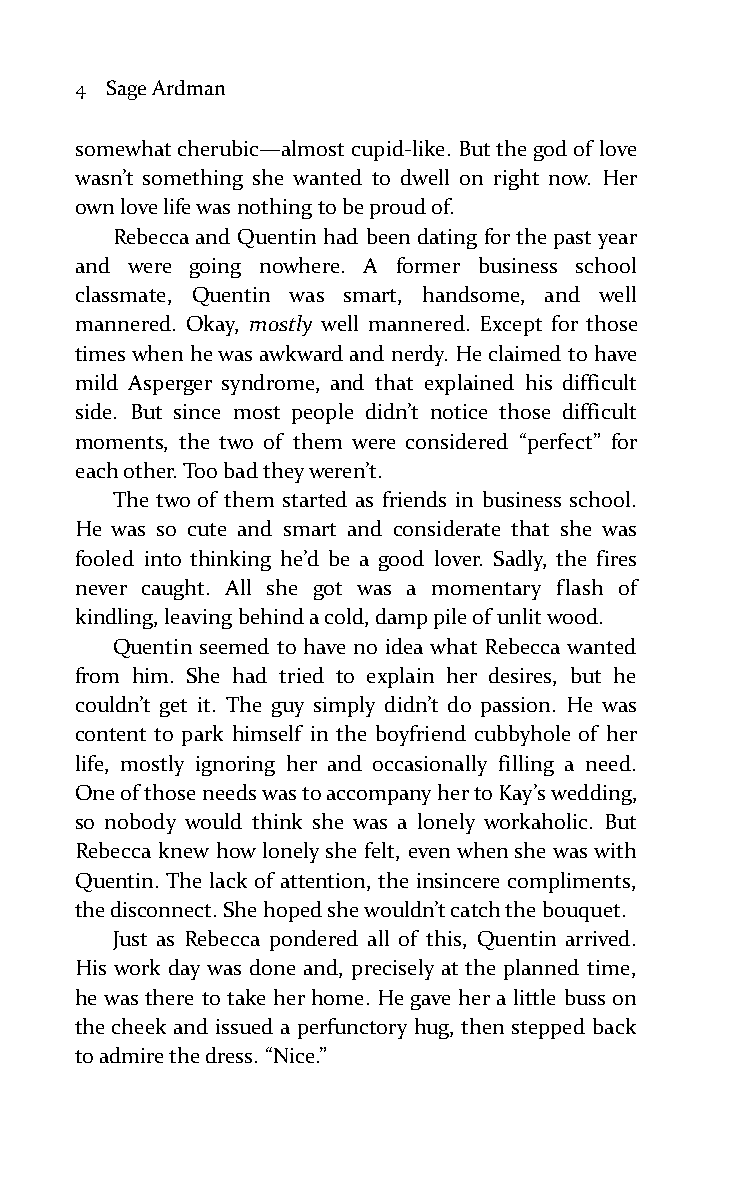
4 Sage Ardman
 somewhat cherubic—almost cupid-like. But the god of love
 wasn’t something she wanted to dwell on right now. Her
 own love life was nothing to be proud of.
 Rebecca and Quentin had been dating for the past year
 and were going nowhere. A former business school
 classmate, Quentin was smart, handsome, and well
 mannered. Okay, mostly well mannered. Except for those
 times when he was awkward and nerdy. He claimed to have
 mild Asperger syndrome, and that explained his difficult
 side. But since most people didn’t notice those difficult
 moments, the two of them were considered “perfect” for
 each other. Too bad they weren’t.
 The two of them started as friends in business school.
 He was so cute and smart and considerate that she was
 fooled into thinking he’d be a good lover. Sadly, the fires
 never caught. All she got was a momentary flash of
 kindling, leaving behind a cold, damp pile of unlit wood.
 Quentin seemed to have no idea what Rebecca wanted
 from him. She had tried to explain her desires, but he
 couldn’t get it. The guy simply didn’t do passion. He was
 content to park himself in the boyfriend cubbyhole of her
 life, mostly ignoring her and occasionally filling a need.
 One of those needs was to accompany her to Kay’s wedding,
 so nobody would think she was a lonely workaholic. But
 Rebecca knew how lonely she felt, even when she was with
 Quentin. The lack of attention, the insincere compliments,
 the disconnect. She hoped she wouldn’t catch the bouquet.
 Just as Rebecca pondered all of this, Quentin arrived.
 His work day was done and, precisely at the planned time,
 he was there to take her home. He gave her a little buss on
 the cheek and issued a perfunctory hug, then stepped back
 to admire the dress. “Nice.”